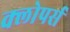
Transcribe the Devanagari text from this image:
क्लोपर्स